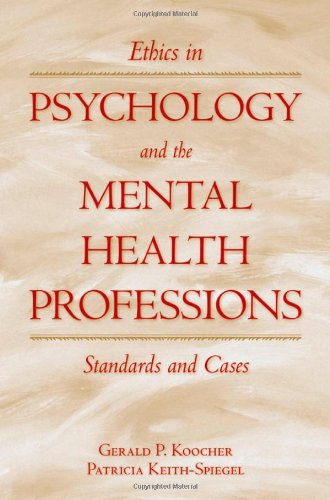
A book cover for Ethics in Psychology and the Mental Health Professions: Standards and Cases (Oxford Textbooks in Clinical Psychology); Gerald P. Koocher; Medical Books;